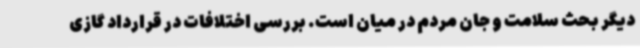
دیگر بحث سلامت و جان مردم در میان است. بررسی اختلافات در قرارداد گازی